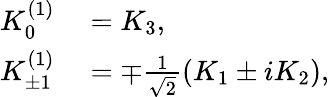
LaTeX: \begin{array}{rl}{K_{0}^{(1)}}&{{}=K_{3},}\\ {K_{\pm 1}^{(1)}}&{{}=\mp{\frac{1}{\sqrt{2}}}(K_{1}\pm iK_{2}),}\end{array}